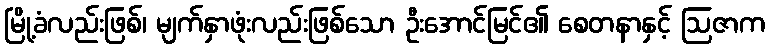
မြို့ခံလည်းဖြစ်၊ မျက်နှာဖုံးလည်းဖြစ်သော ဦးအောင်မြင်၏ စေတနာနှင့် ဩဇာက